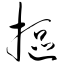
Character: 抠